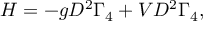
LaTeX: H = - g D ^ { 2 } \Gamma _ { 4 } + V D ^ { 2 } \Gamma _ { 4 } ,